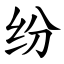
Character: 纷